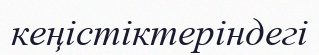
кеңістіктеріндегі